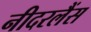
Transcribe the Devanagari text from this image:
नीदरलैंस